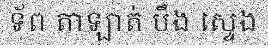
ទ័ព តាឡាត់ បឹង ស្ទេង